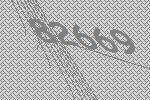
82669